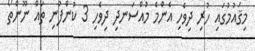
މިޤައުމުގައި ހުރި ދިވެހި އެންމެ މުއްސަނދި ދިވެހި 3 ކުންފުނި ތައް ނޫންތޯ